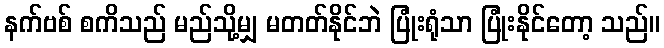
နက်ဗစ် စကိသည် မည်သို့မျှ မတတ်နိုင်ဘဲ ပြုံးရုံသာ ပြုံးနိုင်တော့ သည်။